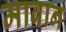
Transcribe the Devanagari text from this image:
माबान